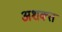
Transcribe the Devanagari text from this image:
अशक्‍त